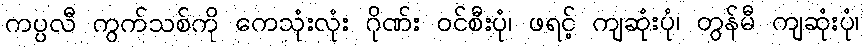
ကပ္ပလီ ကွက်သစ်ကို ကေသုံးလုံး ဂိုဏ်း ဝင်စီးပုံ၊ ဖရင့် ကျဆုံးပုံ၊ တွန်မီ ကျဆုံးပုံ၊